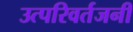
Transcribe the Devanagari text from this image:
उत्परिवर्तजनी